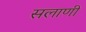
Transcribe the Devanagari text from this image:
सलाणी